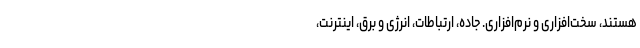
هستند، سخت‌افزاری و نرم‌افزاری. جاده، ارتباطات، انرژی و برق، اینترنت،